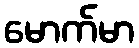
မောက်မာ